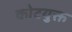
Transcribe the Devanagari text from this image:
कोटयुक्त